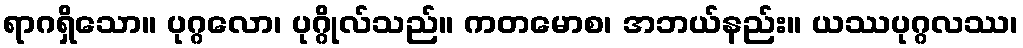
ရာဂရှိသော။ ပုဂ္ဂလော၊ ပုဂ္ဂိုလ်သည်။ ကတမောစ၊ အဘယ်နည်း။ ယဿပုဂ္ဂလဿ၊